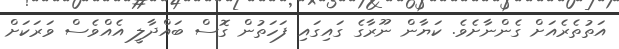
އަތުތެރެއަށް ގެންނާށެވެ. ކަޔާން ނޫރާގެ ގައިގައި ފަހަތުން ގޮސް ބައްދާލީ އެއްވެސް ވަރަކަށް